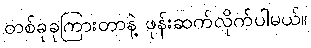
တစ်ခုခုကြားတာနဲ့ ဖုန်းဆက်လိုက်ပါမယ်။